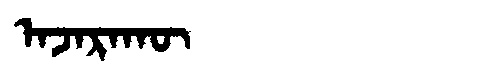
Manchu: ᠠᠵᠠᡵᠠᡴᡡ
Romanization: AJARAKŪ